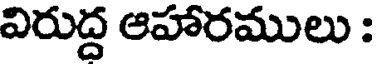
విరుద్ద ఆహారములు :